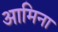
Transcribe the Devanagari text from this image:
आमिना